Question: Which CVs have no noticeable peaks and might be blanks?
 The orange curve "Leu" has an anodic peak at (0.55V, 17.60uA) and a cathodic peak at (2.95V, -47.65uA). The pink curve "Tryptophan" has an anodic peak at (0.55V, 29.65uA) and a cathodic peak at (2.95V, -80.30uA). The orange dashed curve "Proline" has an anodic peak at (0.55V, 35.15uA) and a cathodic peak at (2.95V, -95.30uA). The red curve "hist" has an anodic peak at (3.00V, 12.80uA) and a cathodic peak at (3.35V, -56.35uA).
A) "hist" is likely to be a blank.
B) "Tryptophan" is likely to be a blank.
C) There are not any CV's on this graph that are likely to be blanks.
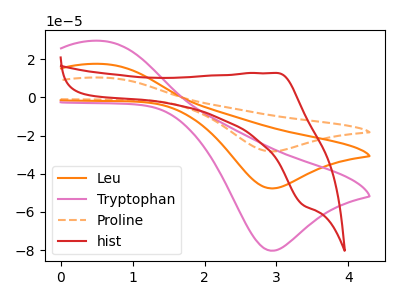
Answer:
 <answer>C) There are not any CV's on this graph that are likely to be blanks.</answer>
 <eval>C</eval>